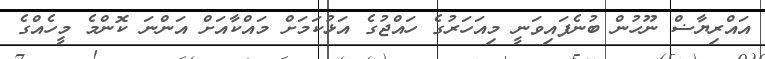
އައްރިޔާޟް ނޫހުން ބުނެފައިވަނީ މިއަހަރުގެ ހައްޖުގެ އަޅުކަމަށް މައްކާއަށް އަންނަ ކޮންމެ މީހެއްގެ